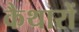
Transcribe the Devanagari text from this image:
कैथारों